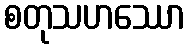
စတုသဟဿော